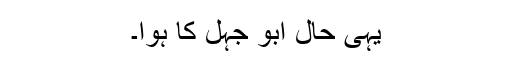
یہی حال ابو جہل کا ہوا۔